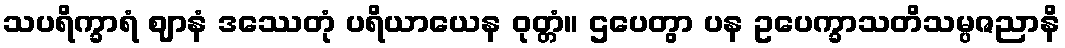
သပရိက္ခာရံ ဈာနံ ဒဿေတုံ ပရိယာယေန ဝုတ္တံ။ ဌပေတွာ ပန ဥပေက္ခာသတိသမ္ပဇညာနိ